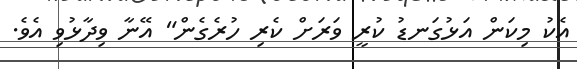
އެކު މިކަން އަޅުގަނޑު ކުރީ ވަރަށް ކެރި ހުރެގެން" އޭނާ ވިދާޅުވި އެވެ.